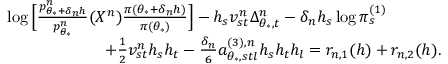
\begin{array} { r l } & { \log \Big [ \frac { p _ { \theta _ { * } + \delta _ { n } h } ^ { n } } { p _ { \theta _ { * } } ^ { n } } ( X ^ { n } ) \frac { \pi ( \theta _ { * } + \delta _ { n } h ) } { \pi ( \theta _ { * } ) } \Big ] - h _ { s } v _ { s t } ^ { n } \Delta _ { \theta _ { * } , t } ^ { n } - \delta _ { n } h _ { s } \log \pi _ { s } ^ { ( 1 ) } } \\ & { \qquad \qquad \qquad + \frac { 1 } { 2 } v _ { s t } ^ { n } h _ { s } h _ { t } - \frac { \delta _ { n } } { 6 } a _ { \theta _ { * } , s t l } ^ { ( 3 ) , n } h _ { s } h _ { t } h _ { l } = r _ { n , 1 } ( h ) + r _ { n , 2 } ( h ) . } \end{array}